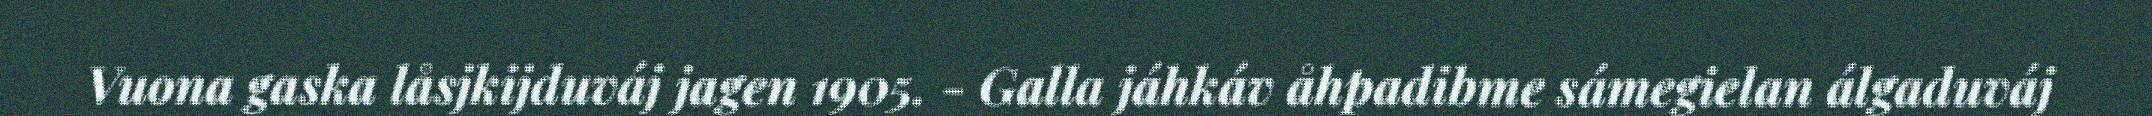
Vuona gaska låsjkijduváj jagen 1905. - Galla jáhkáv åhpadibme sámegielan álgaduváj